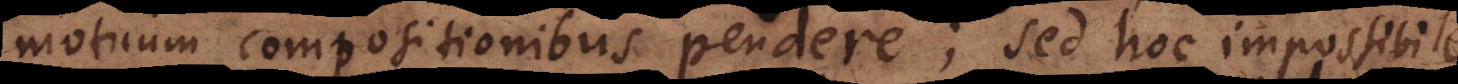
motuum compositionibus pendere; sed hoc impossibile